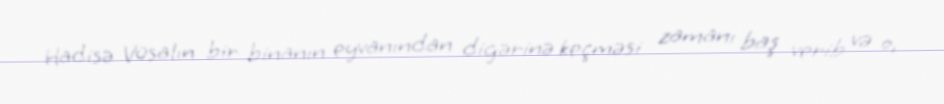
Hadisə Vüsalın bir binanın eyvanından digərinə keçməsi zamanı baş verib və o,